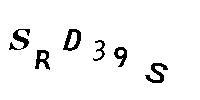
SRD39S